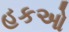
હકઓ